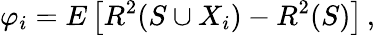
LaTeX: \varphi_{i}=E\left[R^{2}(S\cup X_{i})-R^{2}(S)\right]\, ,